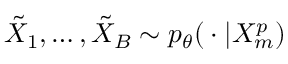
\tilde { X } _ { 1 } , \hdots , \tilde { X } _ { B } \sim p _ { \theta } ( { } \cdot { } | X _ { m } ^ { p } )